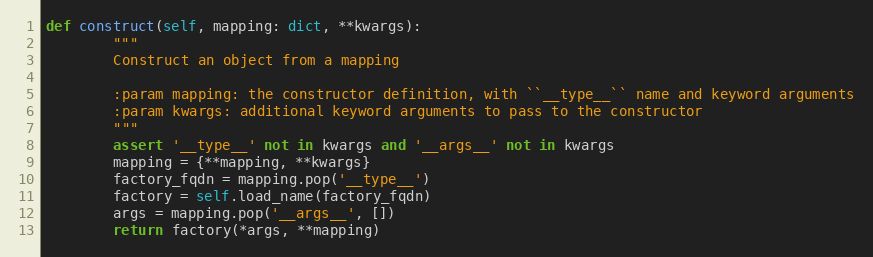
Language: Python
def construct(self, mapping: dict, **kwargs):
        """
        Construct an object from a mapping

        :param mapping: the constructor definition, with ``__type__`` name and keyword arguments
        :param kwargs: additional keyword arguments to pass to the constructor
        """
        assert '__type__' not in kwargs and '__args__' not in kwargs
        mapping = {**mapping, **kwargs}
        factory_fqdn = mapping.pop('__type__')
        factory = self.load_name(factory_fqdn)
        args = mapping.pop('__args__', [])
        return factory(*args, **mapping)